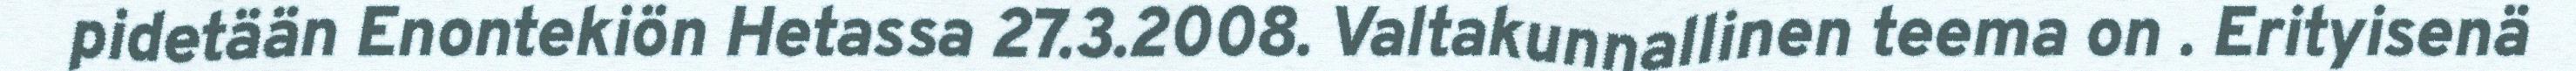
pidetään Enontekiön Hetassa 27.3.2008. Valtakunnallinen teema on . Erityisenä